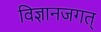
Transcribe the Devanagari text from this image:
विज्ञानजगत्‌